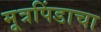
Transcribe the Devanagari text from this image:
मूत्रपिंडाचा